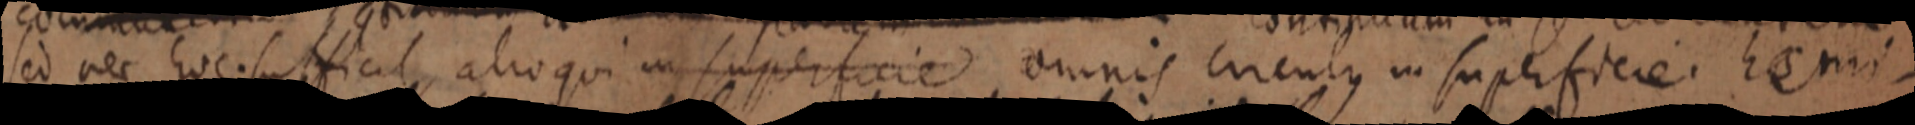
sed nec hoc. sufficit, alioqui in superficie omnis circulus in superfiere. haemi-